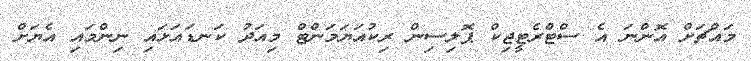
މައްޗަށް އޮންނަ އެ ސްޓްރެޓީޖިކް ޕޮލިސިން ރިކުއަޔަމަންޓް މިއަދު ކަނޑައަޅައި ނިންމައި އެޔަށް